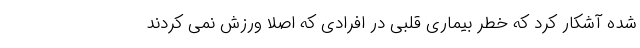
شده آشکار کرد که خطر بیماری قلبی در افرادی که اصلا ورزش نمی کردند